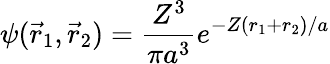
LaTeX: \psi({\vec{r}}_{1},{\vec{r}}_{2})={\frac{Z^{3}}{\pi a^{3}}}e^{-Z(r_{1}+r_{2})/a}